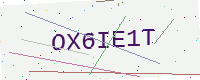
Text: OX6IE1T